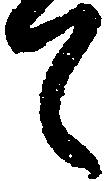
て